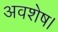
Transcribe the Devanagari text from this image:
अवशेष।